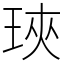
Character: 𤥵